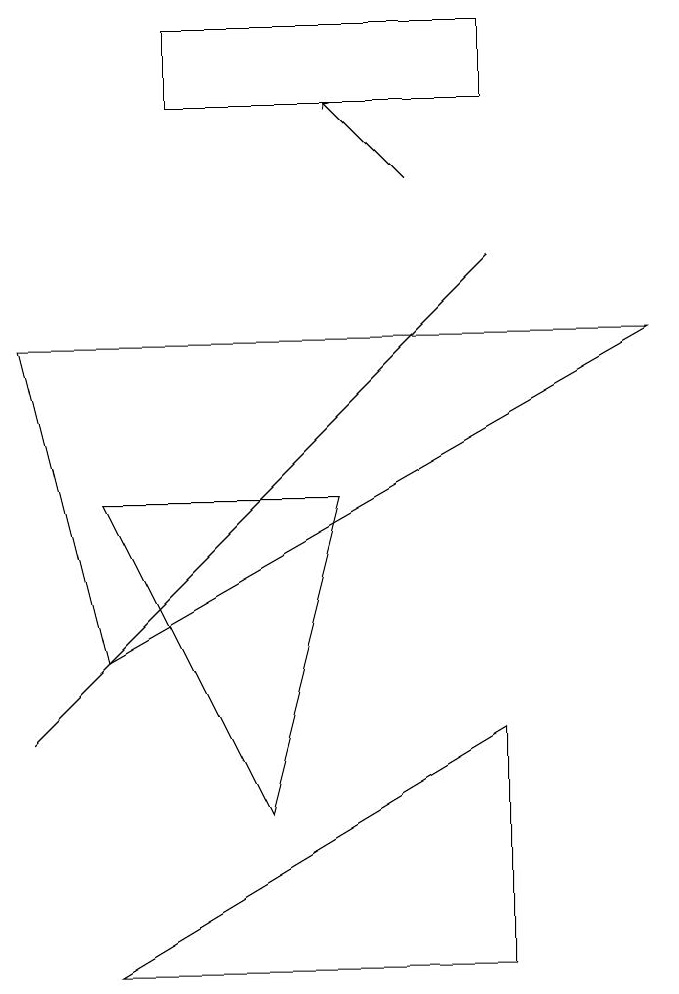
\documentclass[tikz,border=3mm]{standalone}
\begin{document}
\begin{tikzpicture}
\draw (3,5) -- (7,9) -- (1,3) -- cycle;
\draw (7,3) -- (7,0) -- (2,0) -- cycle;
\draw (7,12) rectangle (3,11);
\draw (2,4) -- (9,8) -- (1,8) -- cycle;
\draw[->] (6,10) -- (5,11);
\draw (5,6) -- (2,6) -- (4,2) -- cycle;
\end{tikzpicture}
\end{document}